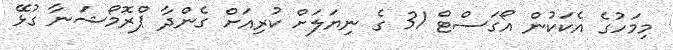
މިމަހުގެ އެކަކުން އޯގަސްޓް 31 ގެ ނިޔަލަށް ކުރިއަށް ގެންދާ ޕްރޮމޯޝަނާ ގުޅޭ